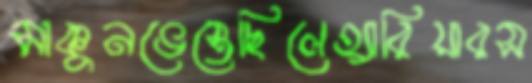
মাকুনভেস্তেছিলেহ্যারিয়ারস